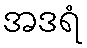
အဒရံ